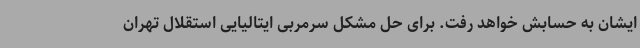
ایشان به حسابش خواهد رفت. برای حل مشکل سرمربی ایتالیایی استقلال تهران